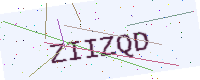
Text: ZIIZQD